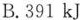
B.391KJ